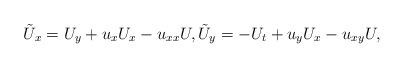
LaTeX: \begin{align*}\tilde U_x=U_y+u_x U_x-u_{xx} U,\tilde U_y=-U_t+u_y U_x-u_{xy} U,\end{align*}